Annual administration report of the Civil Veterinary Department of India - 1899-1900
Year: 1899
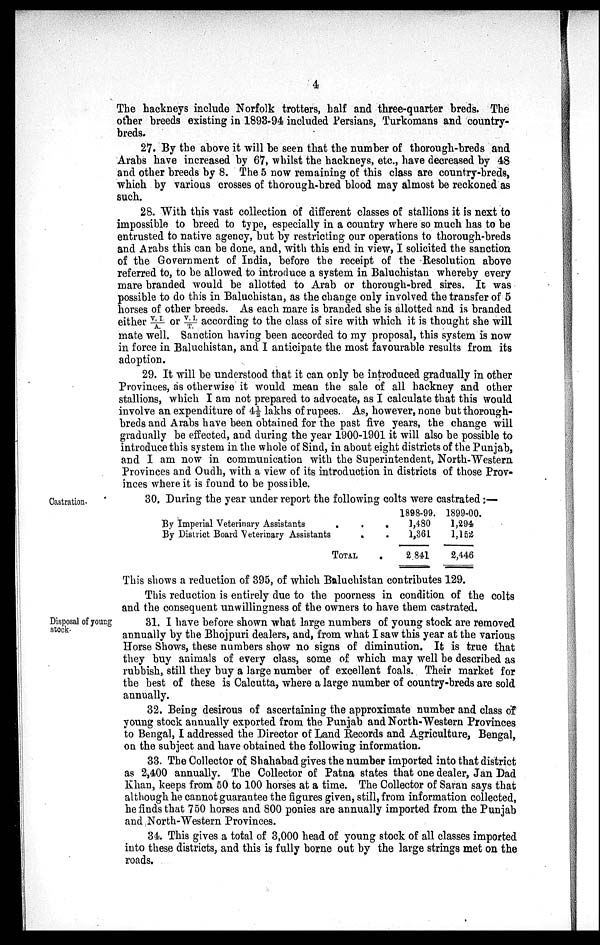
4
The hackneys include Norfolk trotters, half and three-quarter breds. The
other breeds existing in 1893-94 included Persians, Turkomans and country-
breds.
27. By the above it will be seen that the number of thorough-breds and
Arabs have increased by 67, whilst the hackneys, etc., have decreased by 48
and other breeds by 8. The 5 now remaining of this class are country-breds,
which by various crosses of thorough-bred blood may almost be reckoned as
such.
28. With this vast collection of different classes of stallions it is next to
impossible to breed to type, especially in a country where so much has to be
entrusted to native agency, but by restricting our operations to thorough-breds
and Arabs this can be done, and, with this end in view, I solicited the sanction
of the Government of India, before the receipt of the Resolution above
referred to, to be allowed to introduce a system in Baluchistan whereby every
mare branded would be allotted to Arab or thorough-bred sires. It was
possible to do this in Baluchistan, as the change only involved the transfer of 5
horses of other breeds. As each mare is branded she is allotted and is branded
either V.I./A. or V.I./T. according to the class of sire with which it is thought she will
mate well. Sanction having been accorded to my proposal, this system is now
in force in Baluchistan, and I anticipate the most favourable results from its
adoption.
29. It will be understood that it can only be introduced gradually in other
Provinces, as otherwise it would mean the sale of all hackney and other
stallions, which I am not prepared to advocate, as I calculate that this would
involve an expenditure of 4 ½ lakhs of rupees. As, however, none but thorough-
breds and Arabs have been obtained for the past five years, the change will
gradually be effected, and during the year 1900-1901 it will also be possible to
introduce this system in the whole of Sind, in about eight districts of the Punjab,
and I am now in communication with the Superintendent, North-Western
Provinces and Oudh, with a view of its introduction in districts of those Prov-
inces where it is found to be possible.
Castration.
30, During the year under report the following colts were castrated:—
By Imperial Veterinary Assistants
.
.
.
By District Board Veterinary Assistants
.
TOTAL
1898-99.
1,480
1,361
2 841
1899-00.
1,294
1,152
2,446
This shows a reduction of 395, of which Baluchistan contributes 129.
This reduction is entirely due to the poorness in condition of the colts
and the consequent unwillingness of the owners to have them castrated.
Disposal of young
stock.
31. I have before shown what large numbers of young stock are removed
annually by the Bhojpuri dealers, and, from what I saw this year at the various
Horse Shows, these numbers show no signs of diminution. It is true that
they buy animals of every class, some of which may well be described as
rubbish, still they buy a large number of excellent foals. Their market for
the best of these is Calcutta, where a large number of country-breds are sold
annually.
32. Being desirous of ascertaining the approximate number and class of
young stock annually exported from the Punjab and North-Western Provinces
to Bengal, I addressed the Director of Land Records and Agriculture, Bengal,
on the subject and have obtained the following information.
33. The Collector of Shahabad gives the number imported into that district
as 2,400 annually. The Collector of Patna states that one dealer, Jan Dad
Khan, keeps from 50 to 100 horses at a time. The Collector of Saran says that
although he cannot guarantee the figures given, still, from information collected,
he finds that 750 horses and 800 ponies are annually imported from the Punjab
and North-Western Provinces.
34. This gives a total of 3,000 head of young stock of all classes imported
into these districts, and this is fully borne out by the large strings met on the
roads.